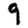
Digit: 9